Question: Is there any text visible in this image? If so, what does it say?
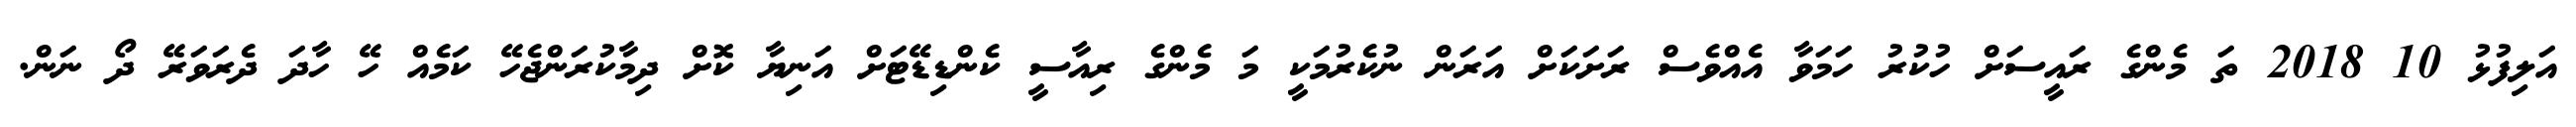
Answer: އަލިފުޅު 10 2018 ތަ މެންގެ ރައީސަށް ހުކުރު ހަމަވާ އެއްވެސް ރަށަކަށް އަރަން ނުކެރުމަކީ މަ މެންގެ ރިއާސީ ކެންޑިޑޭޓަށް އަނިޔާ ކޮށް ދިމާކުރަންޖެހޭ ކަމެއް ހޭ ހާދަ ދެރަވަރޭ ދޯ ނަން.